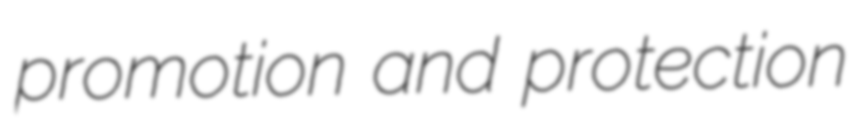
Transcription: promotion and protection